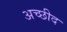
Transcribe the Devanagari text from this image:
अच्छीद